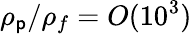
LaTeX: \rho_{\mathsf{p}}/\rho_{f}=O(10^{3})